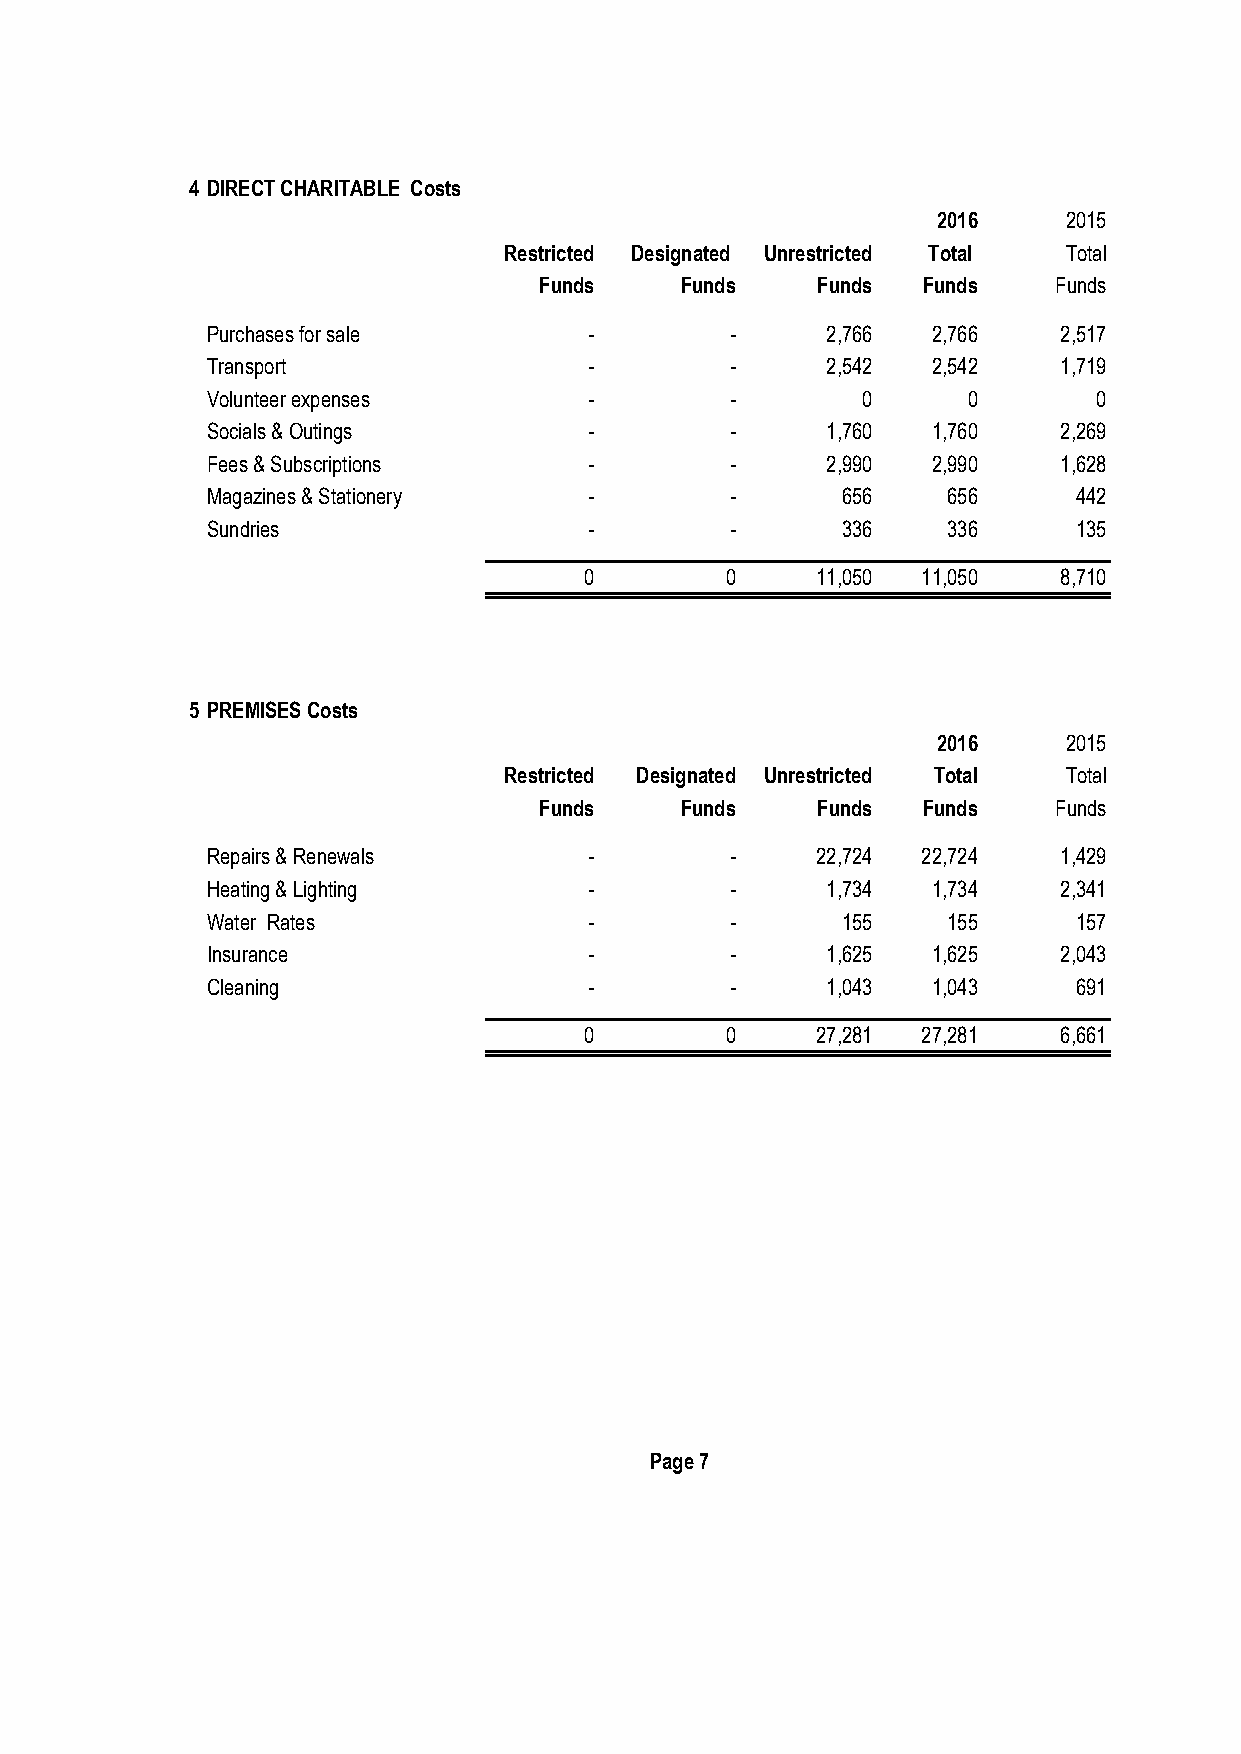
4 DIRECT CHARITABLE Costs
 2016    2015
 Restricted Designated Unrestricted Total Total
 Funds    Funds    Funds  Funds    Funds
 Purchases for sale       -        -      2,766  2,766   2,517
 Transport                -        -      2,542  2,542   1,719
 Volunteer expenses       -        -        0      0        0
 Socials & Outings        -        -      1,760  1,760   2,269
 Fees & Subscriptions     -        -      2,990  2,990   1,628
 Magazines & Stationery   -        -       656    656     442
 Sundries                 -        -       336    336     135
 0        0     11,050 11,050   8,710
 5 PREMISES Costs
 2016    2015
 Restricted Designated Unrestricted Total Total
 Funds    Funds    Funds  Funds    Funds
 Repairs & Renewals       -        -     22,724 22,724   1,429
 Heating & Lighting       -        -      1,734  1,734   2,341
 Water Rates              -        -       155    155     157
 Insurance                -        -      1,625  1,625   2,043
 Cleaning                 -        -      1,043  1,043    691
 0        0     27,281 27,281   6,661
 Page 7